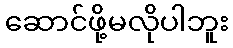
ဆောင်ဖို့မလိုပါဘူး